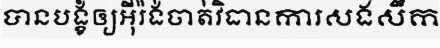
បានបង្ខំឲ្យអ៊ីរ៉ង់ចាត់វិធានការសងសឹក